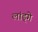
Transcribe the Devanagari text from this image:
लांड्गे